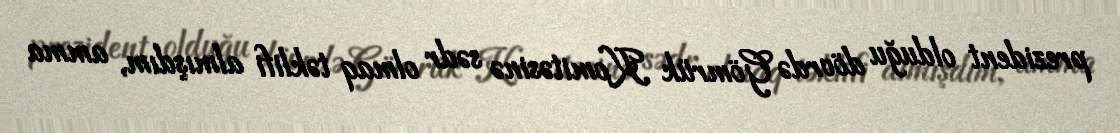
prezident olduğu dövrdə Gömrük Komitəsinə sədr olmaq təklifi almışdım, amma